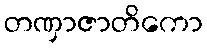
တဏှာဇာတိကော